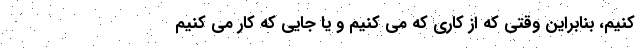
کنیم، بنابراین وقتی که از کاری که می کنیم و یا جایی که کار می کنیم